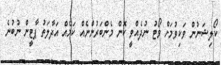
ކޯލިޝަނުން ވަކިވުމަށް ވޯޓު ނުދެއްވީ ކޮން މެންބަރުންނެއް ކަމެއް އަދާލަތު ޕާޓީން ނުބުނެ